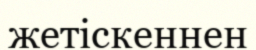
жетіскеннен